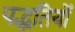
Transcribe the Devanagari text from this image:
पद्धतियोँ